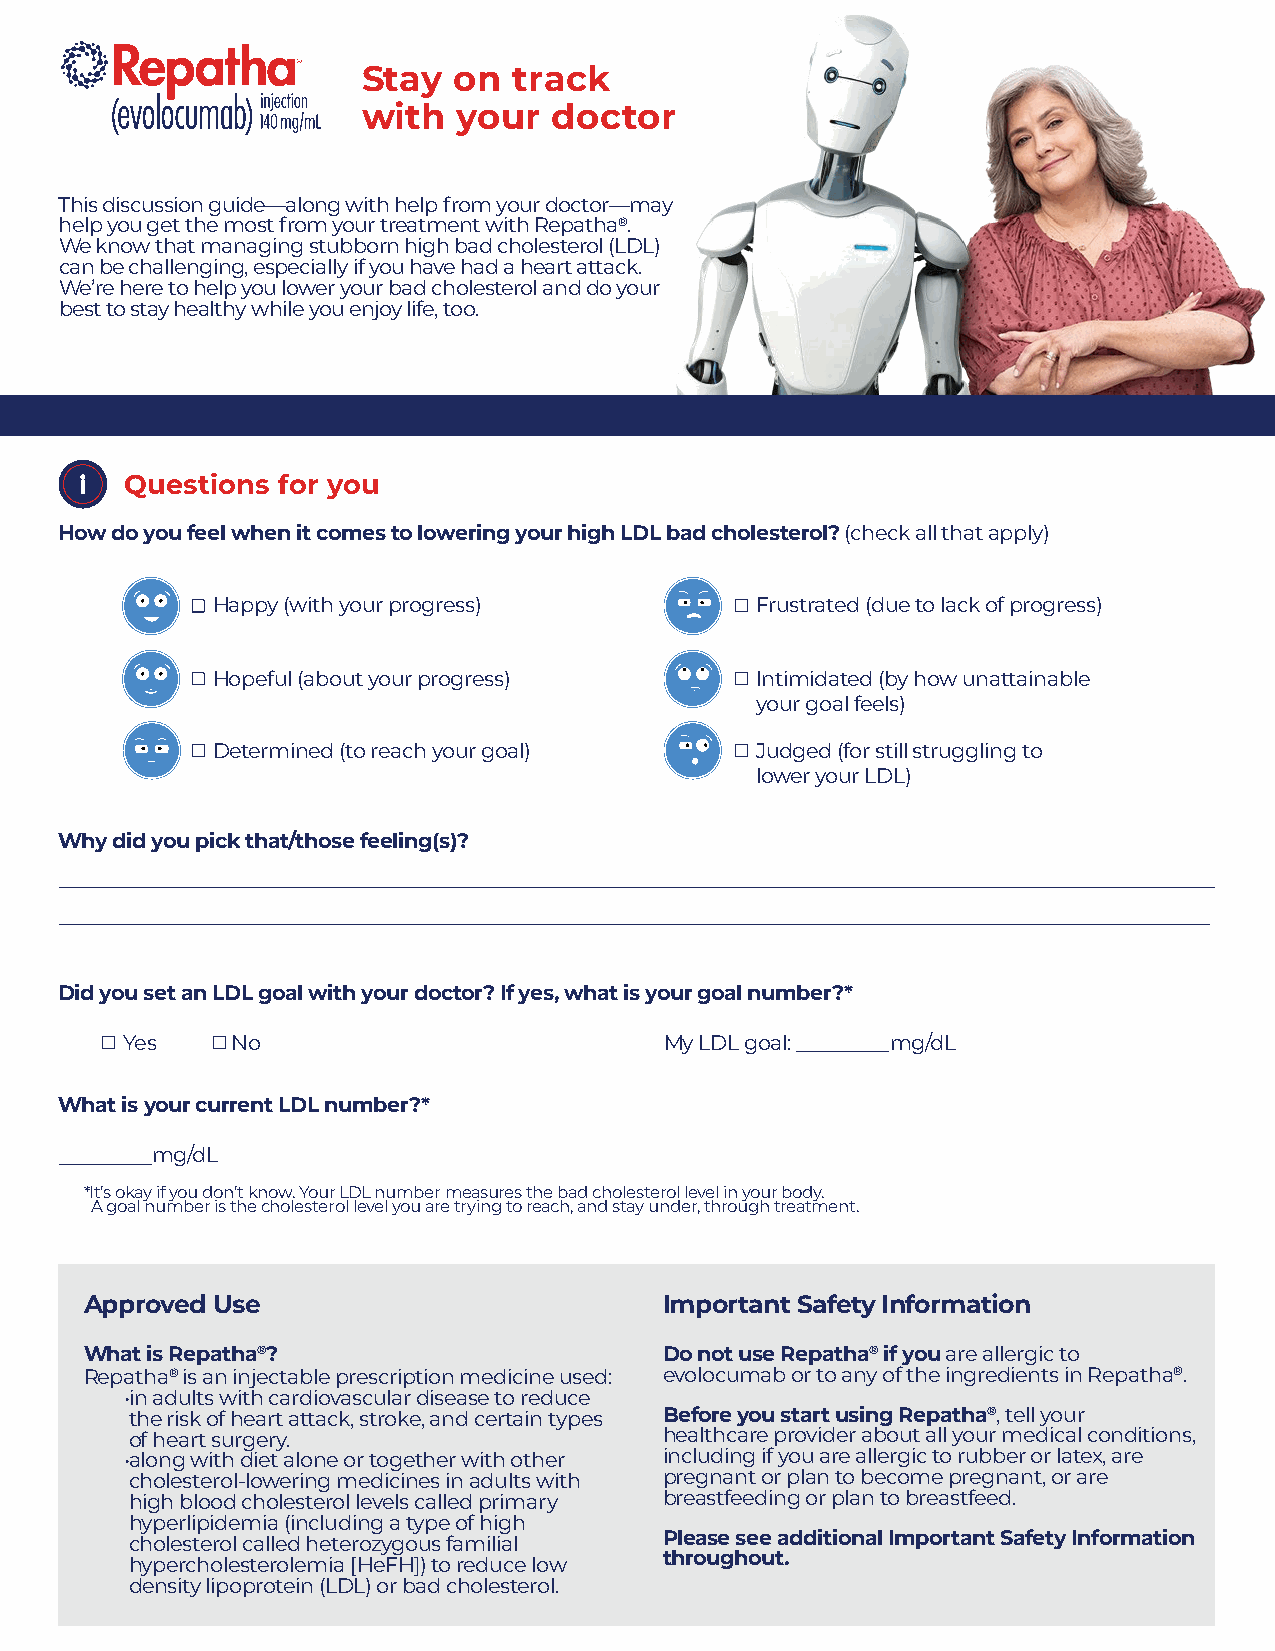
Stay  on  track
 with  your   doctor
 This discussion guide—along with help from your doctor—may
 help you get the most from your treatment with Repatha®.
 We know that managing stubborn high bad cholesterol (LDL)
 can be challenging, especially if you have had a heart attack.
 We’re here to help you lower your bad cholesterol and do your
 best to stay healthy while you enjoy life, too.
 Questions for you
 How do you feel when it comes to lowering your high LDL bad cholesterol? (check all that apply)
 Happy (with your progress)          Frustrated (due to lack of progress)
 Hopeful (about your progress)       Intimidated (by how unattainable
 your goal feels)
 Determined (to reach your goal)     Judged (for still struggling to
 lower your LDL)
 Why did you pick that/those feeling(s)?
 Did you set an LDL goal with your doctor? If yes, what is your goal number?*
 Yes    No                           My LDL goal:   mg/dL
 What is your current LDL number?*
 mg/dL
 *It’s okay if you don’t know. Your LDL number measures the bad cholesterol level in your body.
 A goal number is the cholesterol level you are trying to reach, and stay under, through treatment.
 Approved Use                          Important Safety Information
 What is Repatha®?                     Do not use Repatha® if you are allergic to
 Repatha® is an injectable prescription medicine used: evolocumab or to any of the ingredients in Repatha®.
 •in adults with cardiovascular disease to reduce
 the risk of heart attack, stroke, and certain types Before you start using Repatha®, tell your
 of heart surgery.                  healthcare provider about all your medical conditions,
 •along with diet alone or together with other including if you are allergic to rubber or latex, are
 cholesterol-lowering medicines in adults with pregnant or plan to become pregnant, or are
 high blood cholesterol levels called primary breastfeeding or plan to breastfeed.
 hyperlipidemia (including a type of high
 cholesterol called heterozygous familial Please see additional Important Safety Information
 hypercholesterolemia [HeFH]) to reduce low throughout.
 density lipoprotein (LDL) or bad cholesterol.